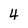
Character: 4